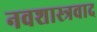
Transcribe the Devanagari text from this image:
नवशास्त्रवाद